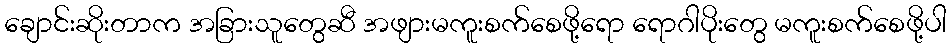
ချောင်းဆိုးတာက အခြားသူတွေဆီ အဖျားမကူးစက်စေဖို့ရော ရောဂါပိုးတွေ မကူးစက်စေဖို့ပါ